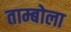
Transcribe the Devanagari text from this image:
ताम्बोला